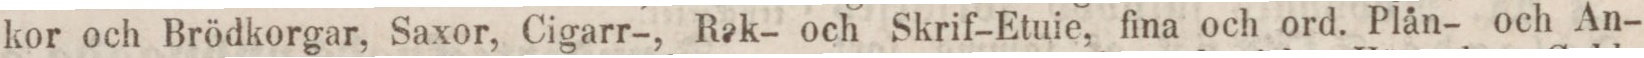
kor och Brödkorgar, Saxor, Cigarr-, Rak- och Skrif-Etuie, fina och ord. Plån- och An-